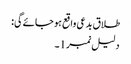
طلاق بدعی واقع ہو جائےگی:
دلیل نمبر1۔